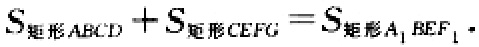
$S_{矩形ABCD}+S_{矩形CEFG}=S_{矩形A_{1}BEF_{1}}.$